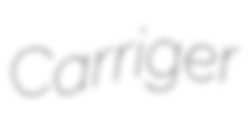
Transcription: Carriger